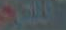
سعد